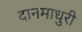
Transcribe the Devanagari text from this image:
दानमाधुरी